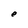
Character: e